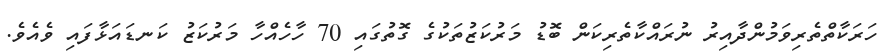
ހަރަކާތްތެރިވަމުންދާއިރު ނުރައްކާތެރިކަން ބޮޑު މަރުކަޒުތަކުގެ ގޮތުގައި 70 ހާހެއްހާ މަރުކަޒު ކަނޑައަޅާފައި ވެއެވެ.